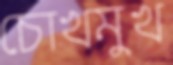
চোখমুখ